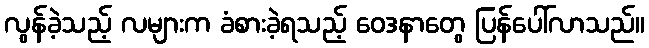
လွန်ခဲ့သည့် လများက ခံစားခဲ့ရသည့် ဝေဒနာတွေ ပြန်ပေါ်လာသည်။